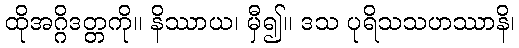
ထိုအဂ္ဂိဒတ္တကို။ နိဿာယ၊ မှီ၍။ ဒသ ပုရိသသဟဿာနိ၊